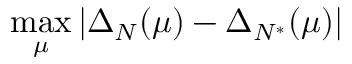
\operatorname* { m a x } _ { \mu } | \Delta _ { N } ( \mu ) - \Delta _ { N ^ { * } } ( \mu ) |